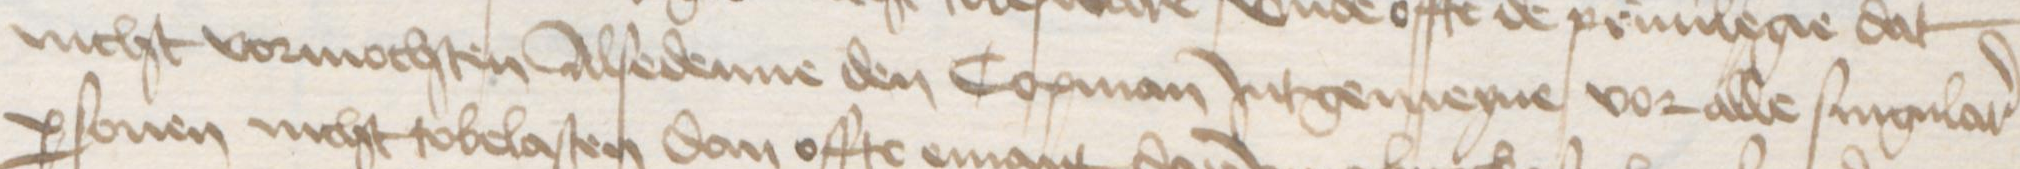
Transcription: nicht vormochten Alsedenne den Copman Jntgemeyne vor alle singular